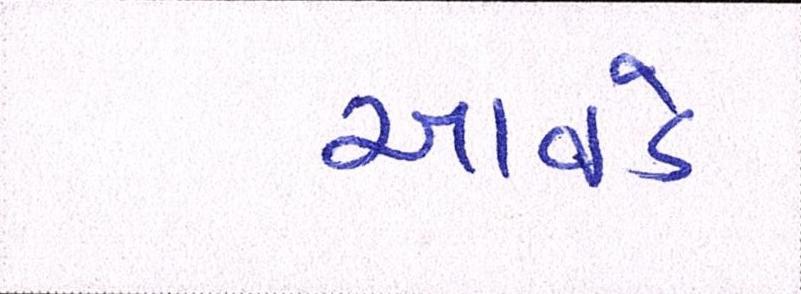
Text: આવડે